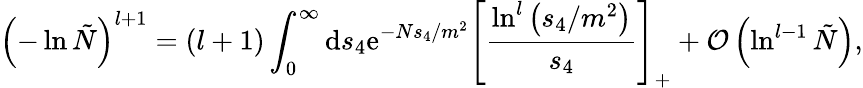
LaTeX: \left(-\ln\tilde{N}\right)^{l+1}=(l+1)\int_{0}^{\infty}\mathrm{d}s_{4}\mathrm{e}^{-Ns_{4}/m^{2}}\left[\frac{\ln^{l}\left(s_{4}/m^{2}\right)}{s_{4}}\right]_{+}+{\cal O}\left(\ln^{l-1}\tilde{N}\right),